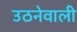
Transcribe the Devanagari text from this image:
उठनेवाली